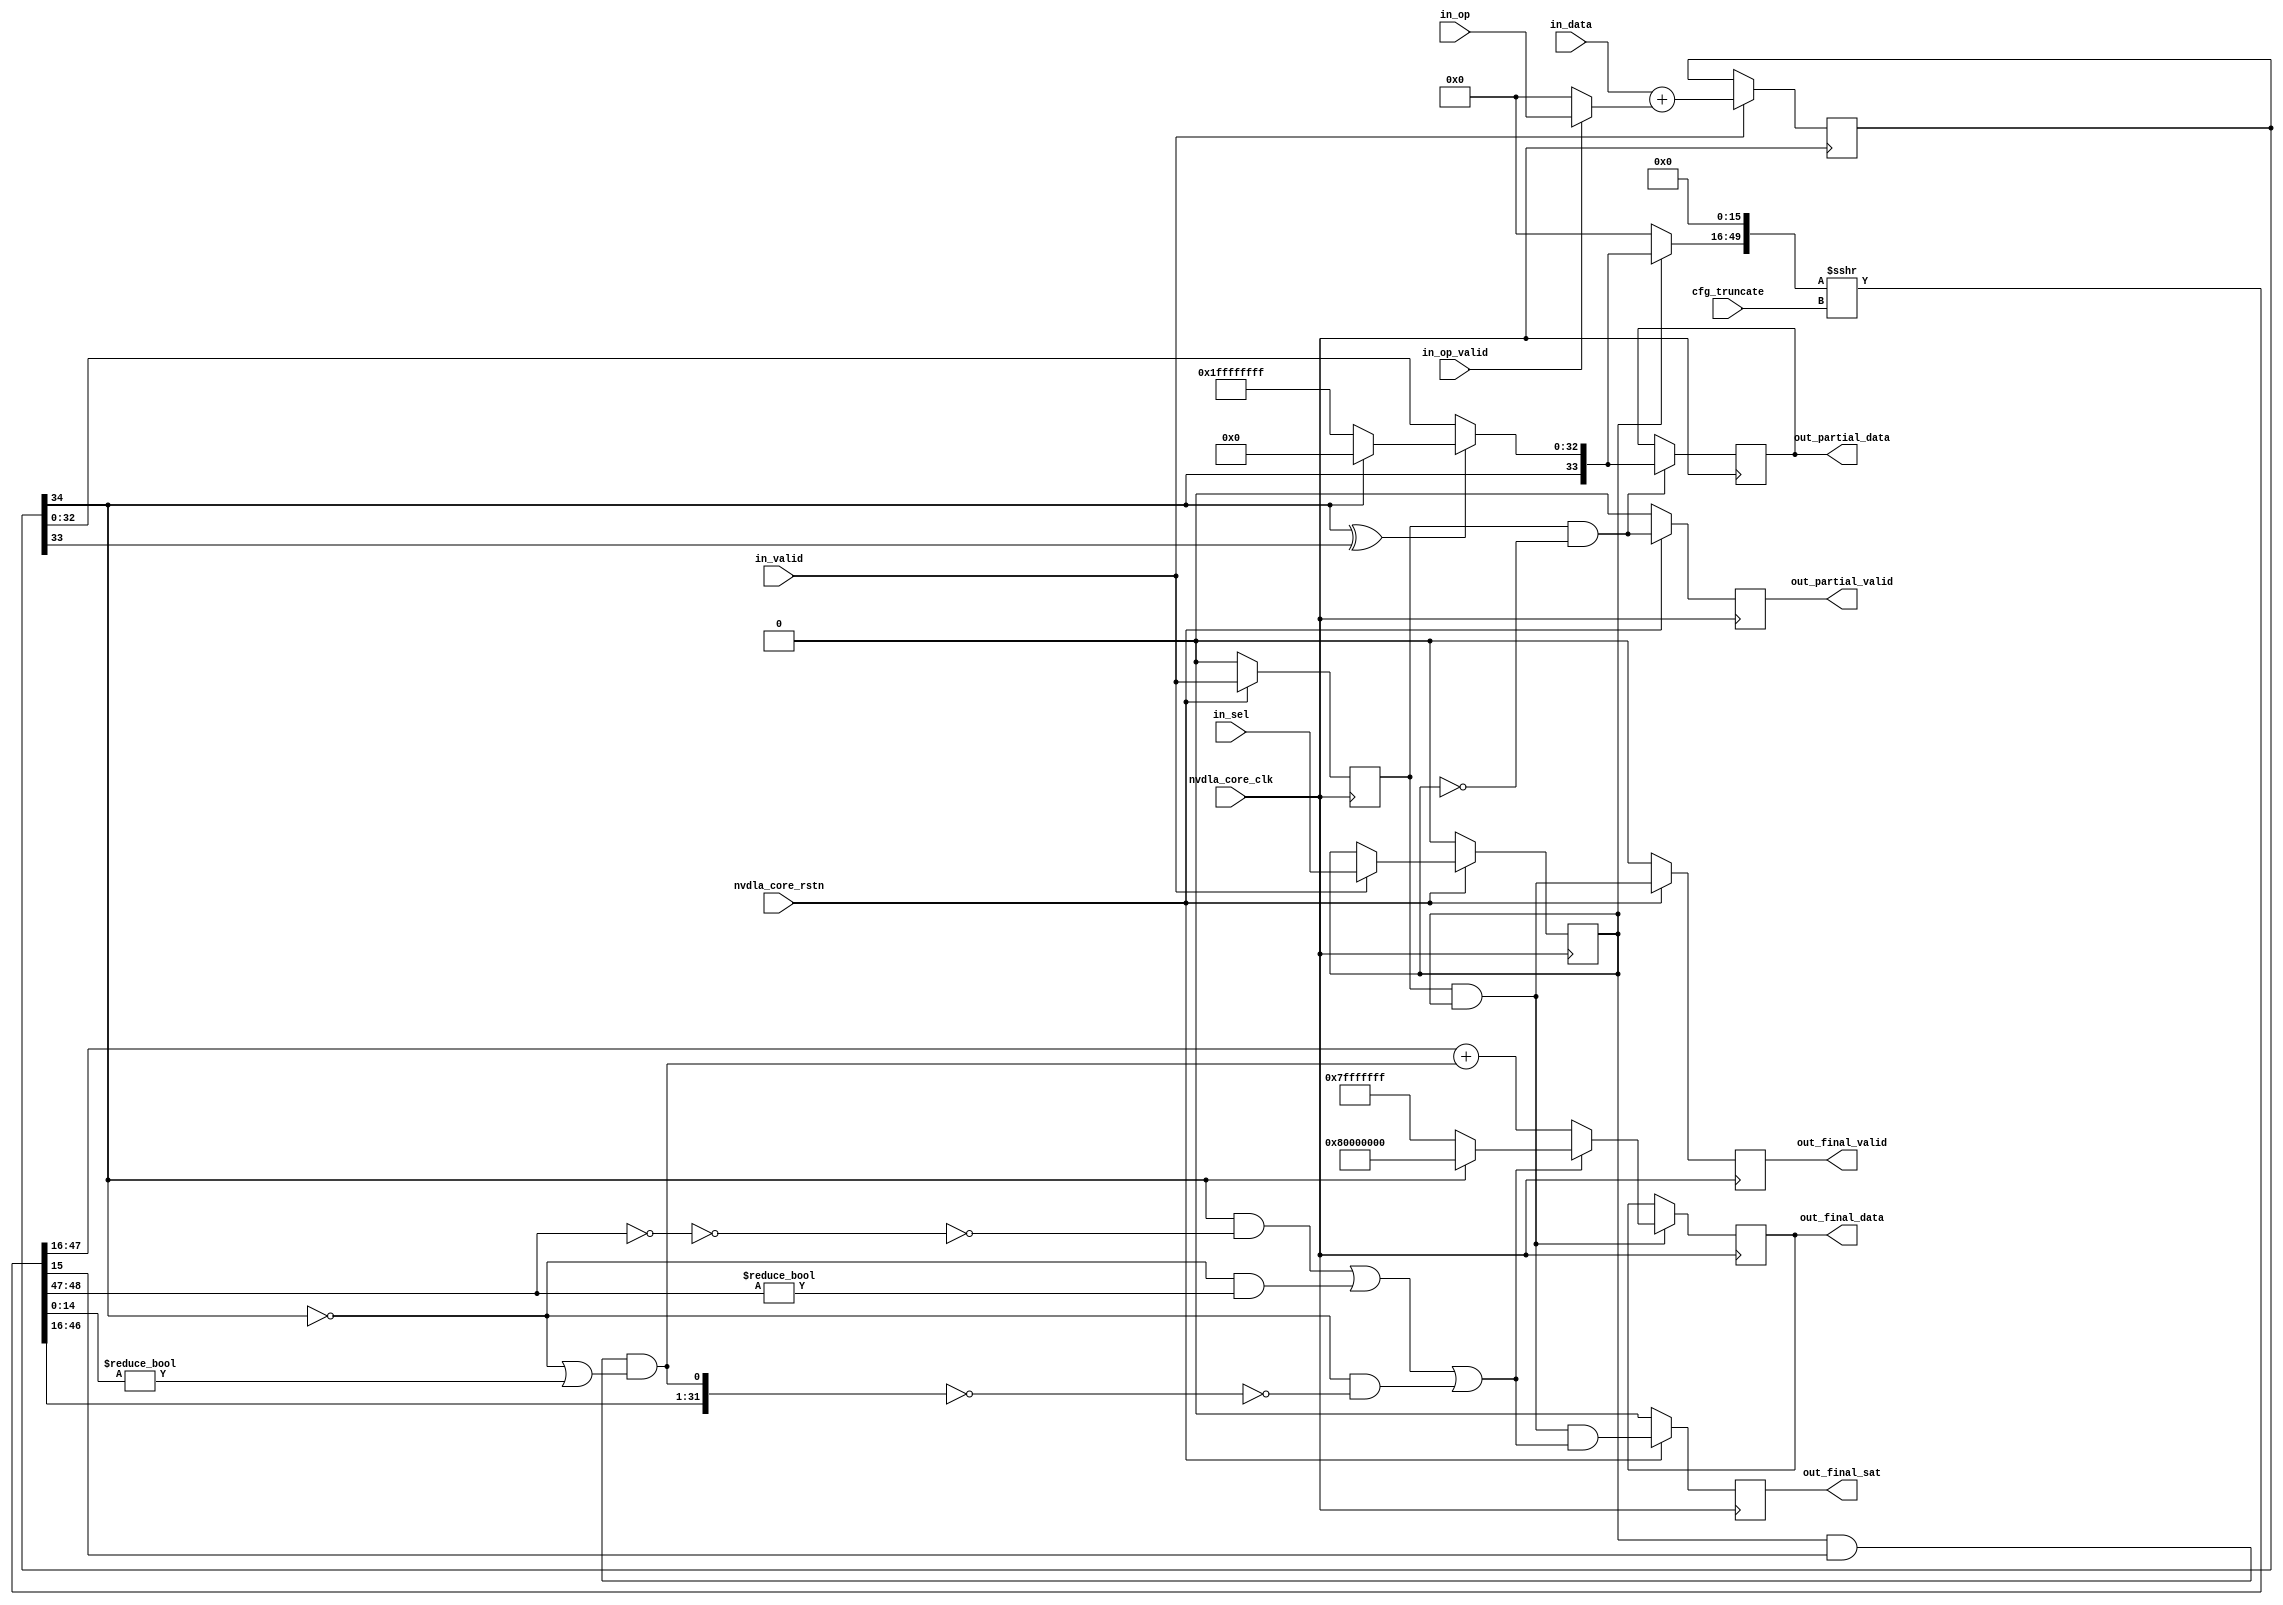
module NV_soDLA_CACC_CALC_int8_gate( // @[:@3.2]
  input         nvdla_core_clk, // @[:@6.4]
  input         nvdla_core_rstn, // @[:@6.4]
  input  [4:0]  cfg_truncate, // @[:@6.4]
  input  [21:0] in_data, // @[:@6.4]
  input  [33:0] in_op, // @[:@6.4]
  input         in_op_valid, // @[:@6.4]
  input         in_sel, // @[:@6.4]
  input         in_valid, // @[:@6.4]
  output [31:0] out_final_data, // @[:@6.4]
  output        out_final_sat, // @[:@6.4]
  output        out_final_valid, // @[:@6.4]
  output [33:0] out_partial_data, // @[:@6.4]
  output        out_partial_valid // @[:@6.4]
);
  wire  _T_32; // @[NV_soDLA_CACC_CALC_int8_gate.scala 53:38:@8.4]
  reg  i_sat_vld; // @[NV_soDLA_CACC_CALC_int8_gate.scala 57:28:@9.4]
  reg [31:0] _RAND_0;
  reg  i_sat_sel; // @[NV_soDLA_CACC_CALC_int8_gate.scala 58:29:@10.4]
  reg [31:0] _RAND_1;
  reg [34:0] i_sum_pd; // @[NV_soDLA_CACC_CALC_int8_gate.scala 59:23:@11.4]
  reg [63:0] _RAND_2;
  wire [21:0] _T_38; // @[NV_soDLA_CACC_CALC_int8_gate.scala 64:33:@15.6]
  wire [33:0] _T_40; // @[NV_soDLA_CACC_CALC_int8_gate.scala 64:46:@16.6]
  wire [33:0] _T_41; // @[NV_soDLA_CACC_CALC_int8_gate.scala 64:89:@17.6]
  wire [33:0] _GEN_5; // @[NV_soDLA_CACC_CALC_int8_gate.scala 64:40:@18.6]
  wire [34:0] _T_42; // @[NV_soDLA_CACC_CALC_int8_gate.scala 64:40:@18.6]
  wire [34:0] _T_43; // @[NV_soDLA_CACC_CALC_int8_gate.scala 64:97:@19.6]
  wire  _GEN_0; // @[NV_soDLA_CACC_CALC_int8_gate.scala 62:22:@13.4]
  wire  i_sum_sign; // @[NV_soDLA_CACC_CALC_int8_gate.scala 70:30:@22.4]
  wire  i_sum_msb; // @[NV_soDLA_CACC_CALC_int8_gate.scala 71:29:@23.4]
  wire  _T_46; // @[NV_soDLA_CACC_CALC_int8_gate.scala 75:20:@26.4]
  wire  _T_47; // @[NV_soDLA_CACC_CALC_int8_gate.scala 76:32:@28.6]
  wire [32:0] _T_51; // @[Bitwise.scala 72:12:@30.6]
  wire [32:0] _T_52; // @[NV_soDLA_CACC_CALC_int8_gate.scala 79:31:@34.6]
  wire [32:0] i_sat_bits; // @[NV_soDLA_CACC_CALC_int8_gate.scala 75:31:@27.4]
  wire [33:0] i_sat_pd; // @[Cat.scala 30:58:@37.4]
  wire [33:0] i_pre_sft_pd; // @[NV_soDLA_CACC_CALC_int8_gate.scala 89:27:@41.4]
  wire [49:0] _T_61; // @[Cat.scala 30:58:@42.4]
  wire [49:0] _T_62; // @[NV_soDLA_CACC_CALC_int8_gate.scala 90:66:@43.4]
  wire [49:0] i_pre_sft_pd_pack; // @[NV_soDLA_CACC_CALC_int8_gate.scala 90:73:@44.4]
  wire [49:0] _T_63; // @[Cat.scala 30:58:@45.4]
  wire [33:0] i_sft_pd; // @[NV_soDLA_CACC_CALC_int8_gate.scala 91:42:@46.4]
  wire  i_guide; // @[NV_soDLA_CACC_CALC_int8_gate.scala 92:41:@48.4]
  wire [14:0] i_stick; // @[NV_soDLA_CACC_CALC_int8_gate.scala 93:41:@50.4]
  wire [1:0] _T_66; // @[NV_soDLA_CACC_CALC_int8_gate.scala 95:51:@51.4]
  wire [1:0] _T_67; // @[NV_soDLA_CACC_CALC_int8_gate.scala 95:60:@52.4]
  wire  _T_69; // @[NV_soDLA_CACC_CALC_int8_gate.scala 95:60:@53.4]
  wire  _T_70; // @[NV_soDLA_CACC_CALC_int8_gate.scala 95:41:@54.4]
  wire  _T_71; // @[NV_soDLA_CACC_CALC_int8_gate.scala 95:38:@55.4]
  wire  _T_75; // @[NV_soDLA_CACC_CALC_int8_gate.scala 96:59:@58.4]
  wire  _T_76; // @[NV_soDLA_CACC_CALC_int8_gate.scala 96:39:@59.4]
  wire  _T_77; // @[NV_soDLA_CACC_CALC_int8_gate.scala 95:67:@60.4]
  wire [30:0] _T_79; // @[NV_soDLA_CACC_CALC_int8_gate.scala 97:53:@62.4]
  wire  _T_92; // @[NV_soDLA_CACC_CALC_int8_gate.scala 100:27:@72.4]
  wire  _T_95; // @[NV_soDLA_CACC_CALC_int8_gate.scala 100:61:@74.4]
  wire  _T_96; // @[NV_soDLA_CACC_CALC_int8_gate.scala 100:51:@75.4]
  wire  i_point5; // @[NV_soDLA_CACC_CALC_int8_gate.scala 100:37:@76.4]
  wire [31:0] _T_80; // @[Cat.scala 30:58:@63.4]
  wire [31:0] _T_81; // @[NV_soDLA_CACC_CALC_int8_gate.scala 97:71:@64.4]
  wire  _T_83; // @[NV_soDLA_CACC_CALC_int8_gate.scala 97:71:@65.4]
  wire  _T_84; // @[NV_soDLA_CACC_CALC_int8_gate.scala 97:39:@66.4]
  wire  i_sft_need_sat; // @[NV_soDLA_CACC_CALC_int8_gate.scala 96:65:@67.4]
  wire [31:0] i_sft_max; // @[NV_soDLA_CACC_CALC_int8_gate.scala 98:24:@71.4]
  wire [31:0] _T_98; // @[NV_soDLA_CACC_CALC_int8_gate.scala 101:28:@78.4]
  wire [31:0] _GEN_6; // @[NV_soDLA_CACC_CALC_int8_gate.scala 101:36:@79.4]
  wire [32:0] _T_99; // @[NV_soDLA_CACC_CALC_int8_gate.scala 101:36:@79.4]
  wire [31:0] i_pos_pd; // @[NV_soDLA_CACC_CALC_int8_gate.scala 101:36:@80.4]
  wire [31:0] i_final_result; // @[NV_soDLA_CACC_CALC_int8_gate.scala 104:29:@81.4]
  wire  _T_100; // @[NV_soDLA_CACC_CALC_int8_gate.scala 106:37:@82.4]
  wire  i_partial_vld; // @[NV_soDLA_CACC_CALC_int8_gate.scala 106:35:@83.4]
  wire  i_final_vld; // @[NV_soDLA_CACC_CALC_int8_gate.scala 107:32:@84.4]
  reg  _T_103; // @[NV_soDLA_CACC_CALC_int8_gate.scala 109:36:@85.4]
  reg [31:0] _RAND_3;
  reg [33:0] _T_105; // @[Reg.scala 11:16:@88.4]
  reg [63:0] _RAND_4;
  reg  _T_108; // @[NV_soDLA_CACC_CALC_int8_gate.scala 111:34:@93.4]
  reg [31:0] _RAND_5;
  wire  _T_109; // @[NV_soDLA_CACC_CALC_int8_gate.scala 112:45:@96.4]
  reg  _T_112; // @[NV_soDLA_CACC_CALC_int8_gate.scala 112:32:@97.4]
  reg [31:0] _RAND_6;
  reg [31:0] _T_114; // @[Reg.scala 11:16:@100.4]
  reg [31:0] _RAND_7;
  assign _T_32 = nvdla_core_rstn == 1'h0; // @[NV_soDLA_CACC_CALC_int8_gate.scala 53:38:@8.4]
  assign _T_38 = $signed(in_data); // @[NV_soDLA_CACC_CALC_int8_gate.scala 64:33:@15.6]
  assign _T_40 = in_op_valid ? in_op : 34'h0; // @[NV_soDLA_CACC_CALC_int8_gate.scala 64:46:@16.6]
  assign _T_41 = $signed(_T_40); // @[NV_soDLA_CACC_CALC_int8_gate.scala 64:89:@17.6]
  assign _GEN_5 = {{12{_T_38[21]}},_T_38}; // @[NV_soDLA_CACC_CALC_int8_gate.scala 64:40:@18.6]
  assign _T_42 = $signed(_GEN_5) + $signed(_T_41); // @[NV_soDLA_CACC_CALC_int8_gate.scala 64:40:@18.6]
  assign _T_43 = $unsigned(_T_42); // @[NV_soDLA_CACC_CALC_int8_gate.scala 64:97:@19.6]
  assign _GEN_0 = in_valid ? in_sel : i_sat_sel; // @[NV_soDLA_CACC_CALC_int8_gate.scala 62:22:@13.4]
  assign i_sum_sign = i_sum_pd[34]; // @[NV_soDLA_CACC_CALC_int8_gate.scala 70:30:@22.4]
  assign i_sum_msb = i_sum_pd[33]; // @[NV_soDLA_CACC_CALC_int8_gate.scala 71:29:@23.4]
  assign _T_46 = i_sum_sign ^ i_sum_msb; // @[NV_soDLA_CACC_CALC_int8_gate.scala 75:20:@26.4]
  assign _T_47 = ~ i_sum_sign; // @[NV_soDLA_CACC_CALC_int8_gate.scala 76:32:@28.6]
  assign _T_51 = _T_47 ? 33'h1ffffffff : 33'h0; // @[Bitwise.scala 72:12:@30.6]
  assign _T_52 = i_sum_pd[32:0]; // @[NV_soDLA_CACC_CALC_int8_gate.scala 79:31:@34.6]
  assign i_sat_bits = _T_46 ? _T_51 : _T_52; // @[NV_soDLA_CACC_CALC_int8_gate.scala 75:31:@27.4]
  assign i_sat_pd = {i_sum_sign,i_sat_bits}; // @[Cat.scala 30:58:@37.4]
  assign i_pre_sft_pd = i_sat_sel ? i_sat_pd : 34'h0; // @[NV_soDLA_CACC_CALC_int8_gate.scala 89:27:@41.4]
  assign _T_61 = {i_pre_sft_pd,16'h0}; // @[Cat.scala 30:58:@42.4]
  assign _T_62 = $signed(_T_61); // @[NV_soDLA_CACC_CALC_int8_gate.scala 90:66:@43.4]
  assign i_pre_sft_pd_pack = $signed(_T_62) >>> cfg_truncate; // @[NV_soDLA_CACC_CALC_int8_gate.scala 90:73:@44.4]
  assign _T_63 = $unsigned(i_pre_sft_pd_pack); // @[Cat.scala 30:58:@45.4]
  assign i_sft_pd = _T_63[49:16]; // @[NV_soDLA_CACC_CALC_int8_gate.scala 91:42:@46.4]
  assign i_guide = _T_63[15]; // @[NV_soDLA_CACC_CALC_int8_gate.scala 92:41:@48.4]
  assign i_stick = _T_63[14:0]; // @[NV_soDLA_CACC_CALC_int8_gate.scala 93:41:@50.4]
  assign _T_66 = i_sft_pd[32:31]; // @[NV_soDLA_CACC_CALC_int8_gate.scala 95:51:@51.4]
  assign _T_67 = ~ _T_66; // @[NV_soDLA_CACC_CALC_int8_gate.scala 95:60:@52.4]
  assign _T_69 = _T_67 == 2'h0; // @[NV_soDLA_CACC_CALC_int8_gate.scala 95:60:@53.4]
  assign _T_70 = ~ _T_69; // @[NV_soDLA_CACC_CALC_int8_gate.scala 95:41:@54.4]
  assign _T_71 = i_sum_sign & _T_70; // @[NV_soDLA_CACC_CALC_int8_gate.scala 95:38:@55.4]
  assign _T_75 = _T_66 != 2'h0; // @[NV_soDLA_CACC_CALC_int8_gate.scala 96:59:@58.4]
  assign _T_76 = _T_47 & _T_75; // @[NV_soDLA_CACC_CALC_int8_gate.scala 96:39:@59.4]
  assign _T_77 = _T_71 | _T_76; // @[NV_soDLA_CACC_CALC_int8_gate.scala 95:67:@60.4]
  assign _T_79 = i_sft_pd[30:0]; // @[NV_soDLA_CACC_CALC_int8_gate.scala 97:53:@62.4]
  assign _T_92 = i_sat_sel & i_guide; // @[NV_soDLA_CACC_CALC_int8_gate.scala 100:27:@72.4]
  assign _T_95 = i_stick != 15'h0; // @[NV_soDLA_CACC_CALC_int8_gate.scala 100:61:@74.4]
  assign _T_96 = _T_47 | _T_95; // @[NV_soDLA_CACC_CALC_int8_gate.scala 100:51:@75.4]
  assign i_point5 = _T_92 & _T_96; // @[NV_soDLA_CACC_CALC_int8_gate.scala 100:37:@76.4]
  assign _T_80 = {_T_79,i_point5}; // @[Cat.scala 30:58:@63.4]
  assign _T_81 = ~ _T_80; // @[NV_soDLA_CACC_CALC_int8_gate.scala 97:71:@64.4]
  assign _T_83 = _T_81 == 32'h0; // @[NV_soDLA_CACC_CALC_int8_gate.scala 97:71:@65.4]
  assign _T_84 = _T_47 & _T_83; // @[NV_soDLA_CACC_CALC_int8_gate.scala 97:39:@66.4]
  assign i_sft_need_sat = _T_77 | _T_84; // @[NV_soDLA_CACC_CALC_int8_gate.scala 96:65:@67.4]
  assign i_sft_max = i_sum_sign ? 32'h80000000 : 32'h7fffffff; // @[NV_soDLA_CACC_CALC_int8_gate.scala 98:24:@71.4]
  assign _T_98 = i_sft_pd[31:0]; // @[NV_soDLA_CACC_CALC_int8_gate.scala 101:28:@78.4]
  assign _GEN_6 = {{31'd0}, i_point5}; // @[NV_soDLA_CACC_CALC_int8_gate.scala 101:36:@79.4]
  assign _T_99 = _T_98 + _GEN_6; // @[NV_soDLA_CACC_CALC_int8_gate.scala 101:36:@79.4]
  assign i_pos_pd = _T_98 + _GEN_6; // @[NV_soDLA_CACC_CALC_int8_gate.scala 101:36:@80.4]
  assign i_final_result = i_sft_need_sat ? i_sft_max : i_pos_pd; // @[NV_soDLA_CACC_CALC_int8_gate.scala 104:29:@81.4]
  assign _T_100 = ~ i_sat_sel; // @[NV_soDLA_CACC_CALC_int8_gate.scala 106:37:@82.4]
  assign i_partial_vld = i_sat_vld & _T_100; // @[NV_soDLA_CACC_CALC_int8_gate.scala 106:35:@83.4]
  assign i_final_vld = i_sat_vld & i_sat_sel; // @[NV_soDLA_CACC_CALC_int8_gate.scala 107:32:@84.4]
  assign _T_109 = i_final_vld & i_sft_need_sat; // @[NV_soDLA_CACC_CALC_int8_gate.scala 112:45:@96.4]
  assign out_final_data = _T_114; // @[NV_soDLA_CACC_CALC_int8_gate.scala 113:23:@104.4]
  assign out_final_sat = _T_112; // @[NV_soDLA_CACC_CALC_int8_gate.scala 112:22:@99.4]
  assign out_final_valid = _T_108; // @[NV_soDLA_CACC_CALC_int8_gate.scala 111:24:@95.4]
  assign out_partial_data = _T_105; // @[NV_soDLA_CACC_CALC_int8_gate.scala 110:25:@92.4]
  assign out_partial_valid = _T_103; // @[NV_soDLA_CACC_CALC_int8_gate.scala 109:26:@87.4]
`ifdef RANDOMIZE_GARBAGE_ASSIGN
`define RANDOMIZE
`endif
`ifdef RANDOMIZE_INVALID_ASSIGN
`define RANDOMIZE
`endif
`ifdef RANDOMIZE_REG_INIT
`define RANDOMIZE
`endif
`ifdef RANDOMIZE_MEM_INIT
`define RANDOMIZE
`endif
`ifndef RANDOM
`define RANDOM $random
`endif
`ifdef RANDOMIZE
  integer initvar;
  initial begin
    `ifdef INIT_RANDOM
      `INIT_RANDOM
    `endif
    `ifndef VERILATOR
      #0.002 begin end
    `endif
  `ifdef RANDOMIZE_REG_INIT
  _RAND_0 = {1{`RANDOM}};
  i_sat_vld = _RAND_0[0:0];
  `endif // RANDOMIZE_REG_INIT
  `ifdef RANDOMIZE_REG_INIT
  _RAND_1 = {1{`RANDOM}};
  i_sat_sel = _RAND_1[0:0];
  `endif // RANDOMIZE_REG_INIT
  `ifdef RANDOMIZE_REG_INIT
  _RAND_2 = {2{`RANDOM}};
  i_sum_pd = _RAND_2[34:0];
  `endif // RANDOMIZE_REG_INIT
  `ifdef RANDOMIZE_REG_INIT
  _RAND_3 = {1{`RANDOM}};
  _T_103 = _RAND_3[0:0];
  `endif // RANDOMIZE_REG_INIT
  `ifdef RANDOMIZE_REG_INIT
  _RAND_4 = {2{`RANDOM}};
  _T_105 = _RAND_4[33:0];
  `endif // RANDOMIZE_REG_INIT
  `ifdef RANDOMIZE_REG_INIT
  _RAND_5 = {1{`RANDOM}};
  _T_108 = _RAND_5[0:0];
  `endif // RANDOMIZE_REG_INIT
  `ifdef RANDOMIZE_REG_INIT
  _RAND_6 = {1{`RANDOM}};
  _T_112 = _RAND_6[0:0];
  `endif // RANDOMIZE_REG_INIT
  `ifdef RANDOMIZE_REG_INIT
  _RAND_7 = {1{`RANDOM}};
  _T_114 = _RAND_7[31:0];
  `endif // RANDOMIZE_REG_INIT
  end
`endif // RANDOMIZE
  always @(posedge nvdla_core_clk) begin
    if (_T_32) begin
      i_sat_vld <= 1'h0;
    end else begin
      i_sat_vld <= in_valid;
    end
    if (_T_32) begin
      i_sat_sel <= 1'h0;
    end else begin
      if (in_valid) begin
        i_sat_sel <= in_sel;
      end
    end
    if (in_valid) begin
      i_sum_pd <= _T_43;
    end
    if (_T_32) begin
      _T_103 <= 1'h0;
    end else begin
      _T_103 <= i_partial_vld;
    end
    if (i_partial_vld) begin
      _T_105 <= i_sat_pd;
    end
    if (_T_32) begin
      _T_108 <= 1'h0;
    end else begin
      _T_108 <= i_final_vld;
    end
    if (_T_32) begin
      _T_112 <= 1'h0;
    end else begin
      _T_112 <= _T_109;
    end
    if (i_final_vld) begin
      if (i_sft_need_sat) begin
        if (i_sum_sign) begin
          _T_114 <= 32'h80000000;
        end else begin
          _T_114 <= 32'h7fffffff;
        end
      end else begin
        _T_114 <= i_pos_pd;
      end
    end
  end
endmodule

// ================================================================
// NVDLA Open Source Project
// 
// Copyright(c) 2016 - 2017 NVIDIA Corporation.  Licensed under the
// NVDLA Open Hardware License; Check "LICENSE" which comes with 
// this distribution for more information.
// ================================================================


module NV_NVDLA_CACC_CALC_int8 (
   nvdla_core_clk
  ,nvdla_core_rstn
  ,cfg_truncate
  ,in_data
  ,in_op
  ,in_op_valid
  ,in_sel
  ,in_valid
  ,out_final_data
  ,out_final_sat
  ,out_final_valid
  ,out_partial_data
  ,out_partial_valid
  );
input   [4:0] cfg_truncate;
input  [21:0] in_data;
input  [33:0] in_op;
input         in_op_valid;
input         in_sel;
input         in_valid;
output [31:0] out_final_data;
output        out_final_sat;
output        out_final_valid;
output [33:0] out_partial_data;
output        out_partial_valid;

input nvdla_core_clk;
input nvdla_core_rstn;

reg    [32:0] i_sat_bits;
reg           i_sat_sel;
reg           i_sat_vld;
reg    [34:0] i_sum_pd;
reg    [31:0] out_final_data;
reg           out_final_sat;
reg           out_final_valid;
reg    [33:0] out_partial_data;
reg           out_partial_valid;
wire   [21:0] di_pd;
wire   [31:0] i_final_result;
wire          i_final_vld;
wire          i_guide;
wire   [33:0] i_partial_result;
wire          i_partial_vld;
wire          i_point5;
wire   [31:0] i_pos_pd;
wire   [33:0] i_pre_sft_pd;
wire   [33:0] i_sat_pd;
wire          i_sat_sign;
wire          i_sel;
wire   [31:0] i_sft_max;
wire          i_sft_need_sat;
wire   [33:0] i_sft_pd;
wire   [14:0] i_stick;
wire          i_sum_msb;
wire   [34:0] i_sum_pd_nxt;
wire          i_sum_sign;
wire   [31:0] i_tru_pd;
wire          i_vld;
wire   [33:0] in_mask_op;
wire          mon_pos_pd_c;
wire   [33:0] oi_pd;

    

assign i_sel = in_sel;
assign i_vld = in_valid;
assign in_mask_op = in_op_valid ? in_op[33:0] : 34'b0;

assign di_pd = in_data[21:0];
assign oi_pd = in_mask_op[33:0];

always @(posedge nvdla_core_clk) begin
  if (!nvdla_core_rstn) begin
    i_sat_vld <= 1'b0;
  end else begin
  i_sat_vld <= i_vld;
  end
end
always @(posedge nvdla_core_clk) begin
  if (!nvdla_core_rstn) begin
    i_sat_sel <= 1'b0;
  end else begin
  if ((i_vld) == 1'b1) begin
    i_sat_sel <= i_sel;
  // VCS coverage off
  end else if ((i_vld) == 1'b0) begin
  end else begin
    i_sat_sel <= 'bx;  // spyglass disable STARC-2.10.1.6 W443 NoWidthInBasedNum-ML -- (Constant containing x or z used, Based number `bx contains an X, Width specification missing for based number)
  // VCS coverage on
  end
  end
end

//====================
// Addition
//====================
assign i_sum_pd_nxt[34:0] = $signed(di_pd) + $signed(oi_pd);
always @(posedge nvdla_core_clk) begin
  if ((i_vld) == 1'b1) begin
    i_sum_pd <= i_sum_pd_nxt;
  // VCS coverage off
  end else if ((i_vld) == 1'b0) begin
  end else begin
    i_sum_pd <= 'bx;  // spyglass disable STARC-2.10.1.6 W443 NoWidthInBasedNum-ML -- (Constant containing x or z used, Based number `bx contains an X, Width specification missing for based number)
  // VCS coverage on
  end
end

//====================
// narrow down to 34bit, and need satuation only
//====================
assign i_sum_sign = i_sum_pd[34 +1 -1];
assign i_sum_msb  = i_sum_pd[34 +1 -2];
assign i_sat_sign = i_sum_sign;

always @(
  i_sum_sign
  or i_sum_msb
  or i_sum_pd
  ) begin
    if (i_sum_sign ^ i_sum_msb) begin // overflow, need satuation
        i_sat_bits = {33{~i_sum_sign}};
    end else begin
        i_sat_bits = i_sum_pd[32:0];
    end
end

assign i_sat_pd = {i_sat_sign,i_sat_bits};
assign i_partial_result = i_sat_pd;

//====================
// narrow down to 32bit, and need rounding and satuation 
//====================
assign i_pre_sft_pd = i_sat_sel ? i_sat_pd[33:0] : {34{1'b0}};
assign {i_sft_pd[33:0], i_guide, i_stick[14:0]} = ($signed({i_pre_sft_pd, 16'b0}) >>> cfg_truncate);

assign i_sft_need_sat = (i_sat_sign & ~(&i_sft_pd[32:31])) |
                        (~i_sat_sign & (|i_sft_pd[32:31])) |
                        (~i_sat_sign & (&{i_sft_pd[30:0], i_point5}));
assign i_sft_max      = i_sat_sign ? {1'b1, 31'b0} : ~{1'b1, 31'b0};

assign i_point5 = i_sat_sel & i_guide & (~i_sat_sign | (|i_stick));
assign {mon_pos_pd_c, i_pos_pd[31:0]} = i_sft_pd[31:0] + i_point5;
assign i_tru_pd   = i_pos_pd;

assign i_final_result = i_sft_need_sat ? i_sft_max : i_tru_pd;

assign i_partial_vld = i_sat_vld & ~i_sat_sel;
assign i_final_vld = i_sat_vld & i_sat_sel;

//====================
always @(posedge nvdla_core_clk) begin
  if (!nvdla_core_rstn) begin
    out_partial_valid <= 1'b0;
  end else begin
  out_partial_valid <= i_partial_vld;
  end
end

// spyglass disable_block STARC05-3.3.1.4b
always @(posedge nvdla_core_clk) begin
  if ((i_partial_vld) == 1'b1) begin
    out_partial_data <= i_partial_result;
  // VCS coverage off
  end else if ((i_partial_vld) == 1'b0) begin
  end else begin
    out_partial_data <= 'bx;  // spyglass disable STARC-2.10.1.6 W443 NoWidthInBasedNum-ML -- (Constant containing x or z used, Based number `bx contains an X, Width specification missing for based number)
  // VCS coverage on
  end
end
// spyglass enable_block STARC05-3.3.1.4b

always @(posedge nvdla_core_clk) begin
  if (!nvdla_core_rstn) begin
    out_final_valid <= 1'b0;
  end else begin
  out_final_valid <= i_final_vld;
  end
end
always @(posedge nvdla_core_clk) begin
  if (!nvdla_core_rstn) begin
    out_final_sat <= 1'b0;
  end else begin
  out_final_sat <= i_final_vld & i_sft_need_sat;
  end
end

// spyglass disable_block STARC05-3.3.1.4b
always @(posedge nvdla_core_clk) begin
  if ((i_final_vld) == 1'b1) begin
    out_final_data <= i_final_result;
  // VCS coverage off
  end else if ((i_final_vld) == 1'b0) begin
  end else begin
    out_final_data <= 'bx;  // spyglass disable STARC-2.10.1.6 W443 NoWidthInBasedNum-ML -- (Constant containing x or z used, Based number `bx contains an X, Width specification missing for based number)
  // VCS coverage on
  end
end
// spyglass enable_block STARC05-3.3.1.4b

//VCS coverage off
`ifndef DISABLE_FUNCPOINT
  `ifdef ENABLE_FUNCPOINT

    reg funcpoint_cover_off;
    initial begin
        if ( $test$plusargs( "cover_off" ) ) begin
            funcpoint_cover_off = 1'b1;
        end else begin
            funcpoint_cover_off = 1'b0;
        end
    end

    property cacc_calc_int8__partial_sum_need_sat__0_cov;
        disable iff((nvdla_core_rstn !== 1) || funcpoint_cover_off)
        @(posedge nvdla_core_clk)
        i_sum_sign ^ i_sum_msb;
    endproperty
    // Cover 0 : "i_sum_sign ^ i_sum_msb"
    FUNCPOINT_cacc_calc_int8__partial_sum_need_sat__0_COV : cover property (cacc_calc_int8__partial_sum_need_sat__0_cov);

  `endif
`endif
//VCS coverage on

//VCS coverage off
`ifndef DISABLE_FUNCPOINT
  `ifdef ENABLE_FUNCPOINT

    property cacc_calc_int8__out32_need_sat_pos__1_cov;
        disable iff((nvdla_core_rstn !== 1) || funcpoint_cover_off)
        @(posedge nvdla_core_clk)
        i_sft_need_sat & ~i_sat_sign & ~i_point5;
    endproperty
    // Cover 1 : "i_sft_need_sat & ~i_sat_sign & ~i_point5"
    FUNCPOINT_cacc_calc_int8__out32_need_sat_pos__1_COV : cover property (cacc_calc_int8__out32_need_sat_pos__1_cov);

  `endif
`endif
//VCS coverage on

//VCS coverage off
`ifndef DISABLE_FUNCPOINT
  `ifdef ENABLE_FUNCPOINT

    property cacc_calc_int8__out32_round_need_sat_pos__2_cov;
        disable iff((nvdla_core_rstn !== 1) || funcpoint_cover_off)
        @(posedge nvdla_core_clk)
        i_sft_need_sat & ~i_sat_sign & i_point5;
    endproperty
    // Cover 2 : "i_sft_need_sat & ~i_sat_sign & i_point5"
    FUNCPOINT_cacc_calc_int8__out32_round_need_sat_pos__2_COV : cover property (cacc_calc_int8__out32_round_need_sat_pos__2_cov);

  `endif
`endif
//VCS coverage on

//VCS coverage off
`ifndef DISABLE_FUNCPOINT
  `ifdef ENABLE_FUNCPOINT

    property cacc_calc_int8__out32_round_need_sat_neg__3_cov;
        disable iff((nvdla_core_rstn !== 1) || funcpoint_cover_off)
        @(posedge nvdla_core_clk)
        i_sft_need_sat & i_sat_sign;
    endproperty
    // Cover 3 : "i_sft_need_sat & i_sat_sign"
    FUNCPOINT_cacc_calc_int8__out32_round_need_sat_neg__3_COV : cover property (cacc_calc_int8__out32_round_need_sat_neg__3_cov);

  `endif
`endif
//VCS coverage on



endmodule // NV_NVDLA_CACC_CALC_int8